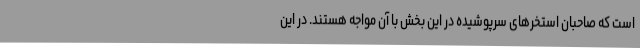
است که صاحبان استخرهای سرپوشیده در این بخش با آن مواجه هستند. در این